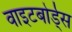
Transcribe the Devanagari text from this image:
वाइटबोर्ड्स